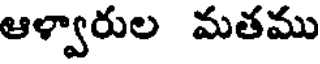
ఆళ్వారుల మతము